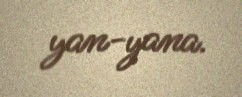
yan-yana.